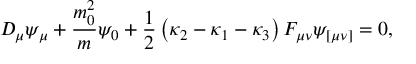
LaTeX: D _ { \mu } \psi _ { \mu } + \frac { m _ { 0 } ^ { 2 } } { m } \psi _ { 0 } + \frac { 1 } { 2 } \left( \kappa _ { 2 } - \kappa _ { 1 } - \kappa _ { 3 } \right) { \cal F } _ { \mu \nu } \psi _ { [ \mu \nu ] } = 0 ,